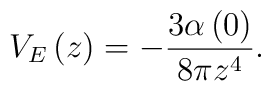
V_{E}\left( z\right) =-\frac{3\alpha \left( 0\right) }{8\pi z^{4}}.